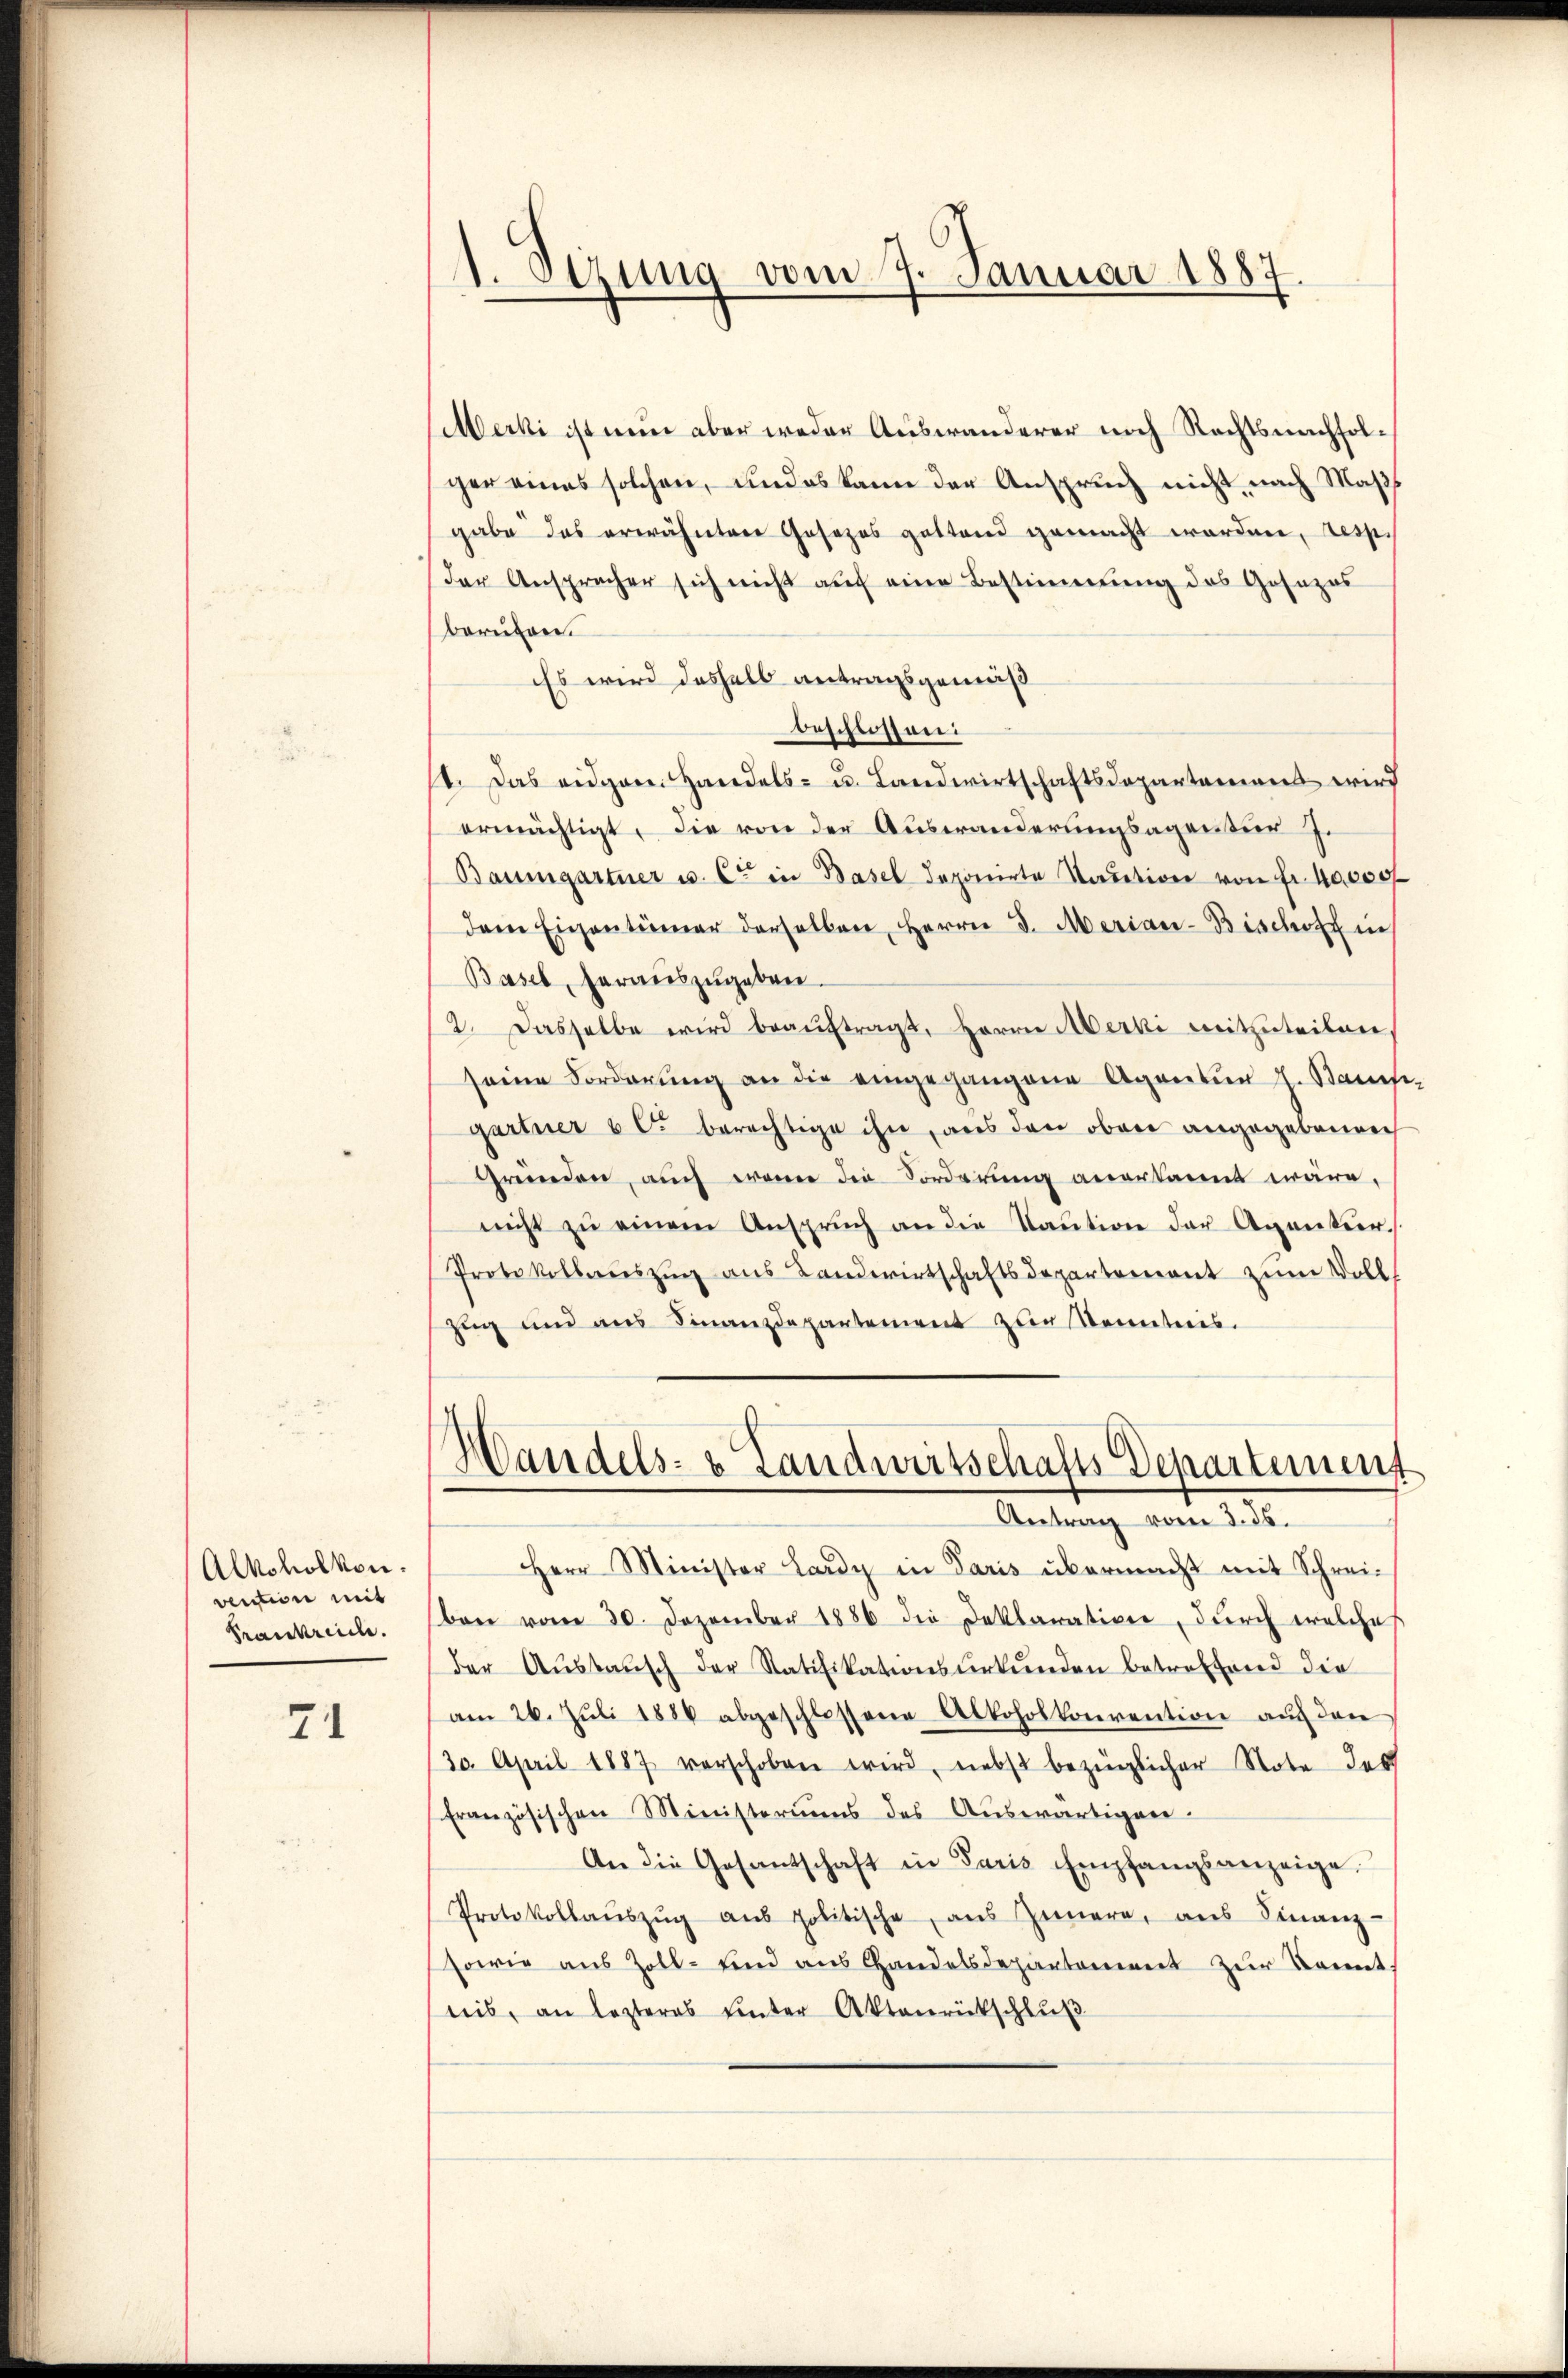
Alkohol von
vection mit
Frankreiche.

71

Merki ist nun aber weder Auswanderer noch Rechtsnachfolger eines solchen, und es kann der Anspruch nicht nach Maßgabe das erwähntere Gesezes gestand gemacht worden, resp.
der Anspracher sich nicht auf eine Bestimmung des Gesezes
Berufen.
Es wird deshalb antragsgemäß
beschlossen:
t. Das eidgen. Handels- u. Landwirtschaftsdepartamens wird
ermächtigt, die von der Auswanderungsagentür J.
Baumgartner u. Cr in Basel deponirte Stadtion von Fr. 40,000
dem Eigentümer derselben, Herrn J. Merian-Bischein
Basel, herauszugeben.
2. Dasselbe wird beauftragt, Herrn Merki mitzuteilen,
seine Forderung an die eingegangene Agentur J. Stanisi-
gartner 6 c. berechtige ihn, aus den oben angegebenen
Greenden, auch wenn die Vorderung anerkannt wäre,
nicht zŭ einem Anspruch an die Taŭtion der Agantur.
Protokollaŭszŭg ans Landwirtschaftsdepartement zŭm Voll-
Zug und aus Finanzdepartement zur Kenntnis.
Handels- & Landwirtschafts Departement

1. Sezung vom 7. Januar 1887

Antrag vom 2. 36.

Herr Minister Lardy in Paris übermacht mit Schreiben vom 30. Dezember 1886 die Deklaration, dŭrch welches
der Aŭstausch der Ratifikationsurkunden betreffend die
am 26. Jŭli 1884 abgeschlossene Alkoholkonvention aŭf den
30. April 1887 verschoben wird, nebst bezüglicher Note des
französischen Ministeriums des Auswärtigen-
An die Gesantschaft in Paris Empfangsanzeige
Protokollaŭszŭg aŭs politische aus Innern, ans Finanz-
sowie aus Zoll- und aus Handelsdepartement zur konnt
nis, an lezteres ŭnter Aktenrückschlŭβ